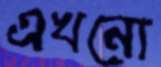
এখনো